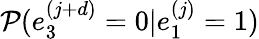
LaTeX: \mathcal{P}(e_{3}^{(j+d)}=0|e_{1}^{(j)}=1)